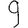
Digit: 9